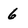
Character: 6